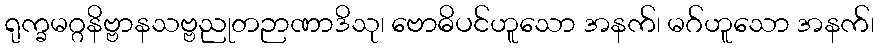
ရုက္ခမဂ္ဂနိဗ္ဗာနသဗ္ဗညုတဉာဏာဒိသု၊ ဗောဓိပင်ဟူသော အနက်၊ မဂ်ဟူသော အနက်၊